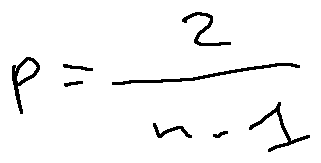
p = \frac { 2 } { n - 1 }